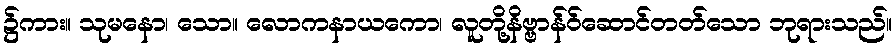
၌ကား။ သုမနော၊ သော။ လောကနာယကော၊ လူတို့နိဗ္ဗာန်ဝ်ဆောင်တတ်သော ဘုရားသည်။